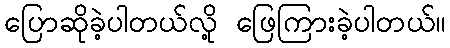
ပြောဆိုခဲ့ပါတယ်လို့ ဖြေကြားခဲ့ပါတယ်။